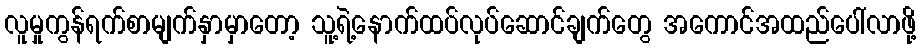
လူမှုကွန်ရက်စာမျက်နှာမှာတော့ သူ့ရဲ့နောက်ထပ်လုပ်ဆောင်ချက်တွေ အကောင်အထည်ပေါ်လာဖို့